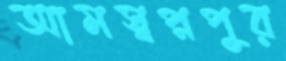
আমস্বপ্নপুর